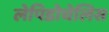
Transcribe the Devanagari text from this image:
लेपिडोचेलिस